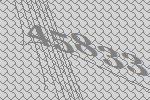
45833